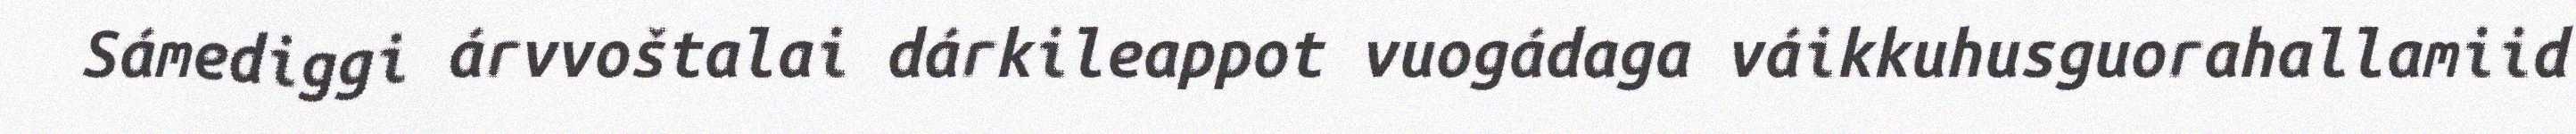
Sámediggi árvvoštalai dárkileappot vuogádaga váikkuhusguorahallamiid